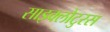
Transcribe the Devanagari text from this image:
साइक्लोटुरस